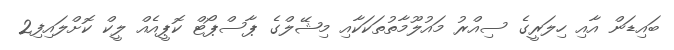
ބައިޑަން އާއި ހިލަރީގެ ސިއްރު މައުލޫމާތުތަކަކާއި މިޝޭލްގެ ޕާސްޕޯޓް ކޮޕީއެއް ލީކް ކޮށްލައިފި2